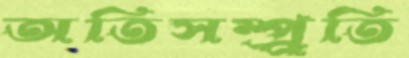
অতিসম্প্র্রতি